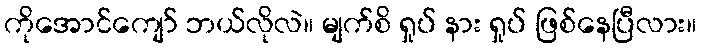
ကိုအောင်ကျော် ဘယ်လိုလဲ။ မျက်စိ ရှုပ် နား ရှုပ် ဖြစ်နေပြီလား။